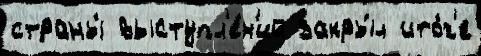
страны́ выступл'е́н'ий закры́л ито́г'е